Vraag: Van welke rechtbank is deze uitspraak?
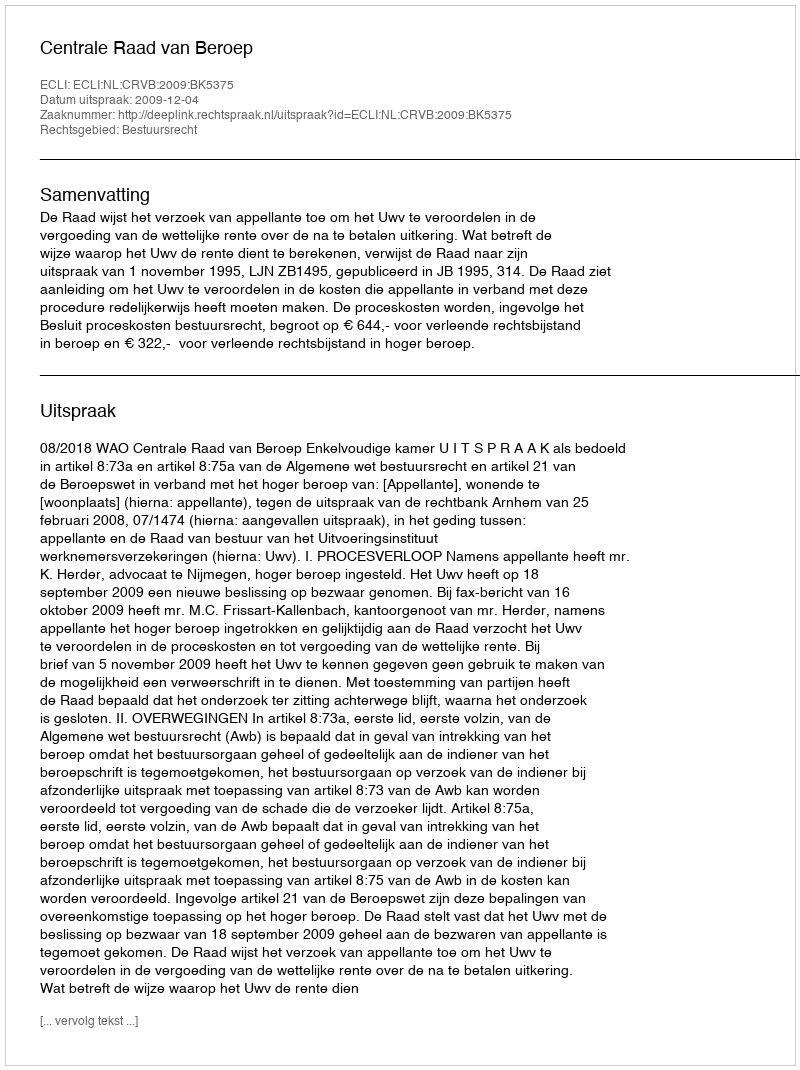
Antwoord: Centrale Raad van Beroep